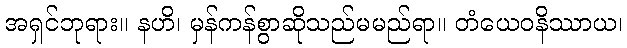
အရှင်ဘုရား။ နဟိ၊ မှန်ကန်စွာဆိုသည်မမည်ရာ။ တံယေဝနိဿာယ၊